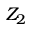
Z _ { 2 }